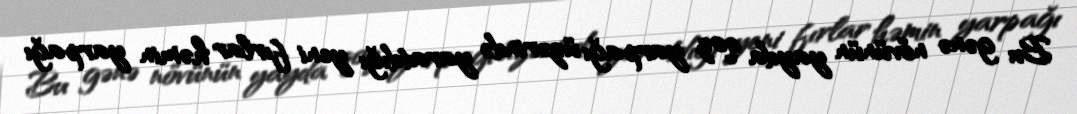
Bu gənə növünün yayda qoz yarpağı üzərində yaratdığı yeni fırlar həmin yarpağı